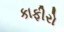
કાફીરો